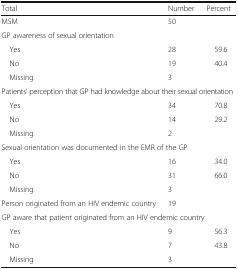
<table><thead><tr><td><b>Total</b></td><td><b>Number</b></td><td><b>Percent</b></td></tr></thead><tbody><tr><td>MSM</td><td>50</td><td></td></tr><tr><td colspan="3">GP awareness of sexual orientation</td></tr><tr><td> Yes</td><td>28</td><td>59.6</td></tr><tr><td> No</td><td>19</td><td>40.4</td></tr><tr><td> Missing</td><td>3</td><td></td></tr><tr><td colspan="3">Patients’ perception that GP had knowledge about their sexual orientation</td></tr><tr><td> Yes</td><td>34</td><td>70.8</td></tr><tr><td> No</td><td>14</td><td>29.2</td></tr><tr><td> Missing</td><td>2</td><td></td></tr><tr><td colspan="3">Sexual orientation was documented in the EMR of the GP</td></tr><tr><td> Yes</td><td>16</td><td>34.0</td></tr><tr><td> No</td><td>31</td><td>66.0</td></tr><tr><td> Missing</td><td>3</td><td></td></tr><tr><td>Person originated from an HIV endemic country</td><td>19</td><td></td></tr><tr><td colspan="3">GP aware that patient originated from an HIV endemic country</td></tr><tr><td> Yes</td><td>9</td><td>56.3</td></tr><tr><td> No</td><td>7</td><td>43.8</td></tr><tr><td> Missing</td><td>3</td><td></td></tr></tbody></table>